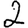
Digit: 2